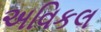
અવિકલ